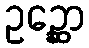
ဥဉ္ဆော